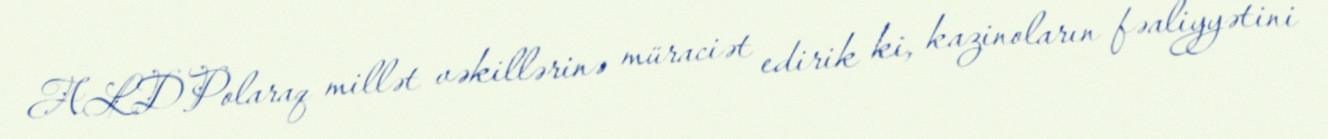
ALDPolaraq millət vəkillərinə müraciət edirik ki, kazinoların fəaliyyətini